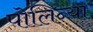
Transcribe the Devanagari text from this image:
पोलिन्या